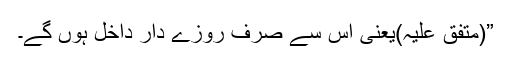
”(متفق علیہ)یعنی اس سے صرف روزے دار داخل ہوں گے۔